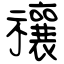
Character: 禳